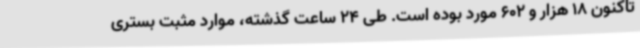
تاکنون 18 هزار و 602 مورد بوده است. طی 24 ساعت گذشته، موارد مثبت بستری